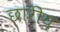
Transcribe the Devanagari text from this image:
छारीय